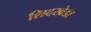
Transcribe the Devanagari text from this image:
शिदखेडा